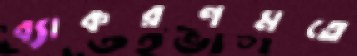
ব্যাকরণমতে